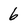
Character: 6